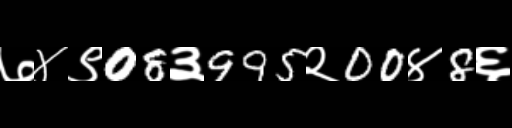
Text: ७४९08३995२00४8६